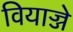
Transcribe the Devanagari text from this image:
वियाज्जे